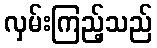
လှမ်းကြည့်သည်